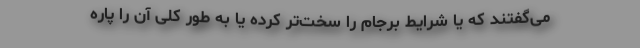
می‌گفتند که یا شرایط برجام را سخت‌تر کرده یا به طور کلی آن را پاره